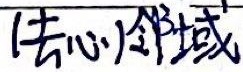
(去心)邻域